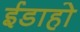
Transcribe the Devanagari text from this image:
ईडाहो